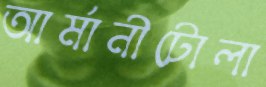
আর্মানীটোলা